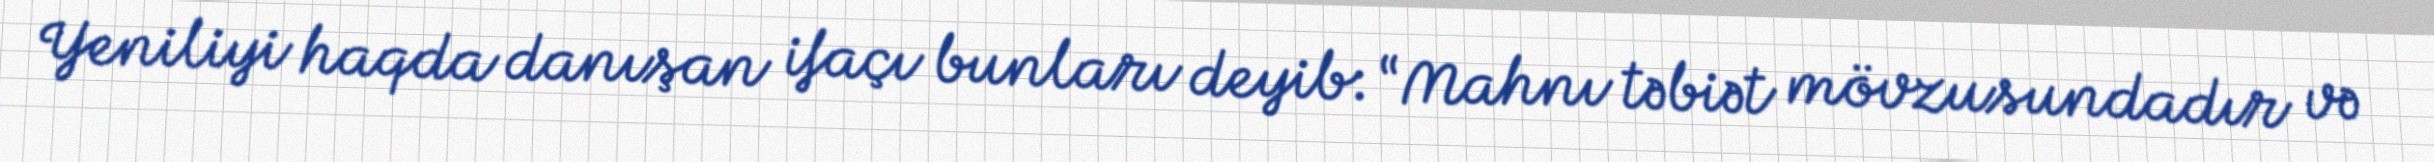
Yeniliyi haqda danışan ifaçı bunları deyib: “Mahnı təbiət mövzusundadır və